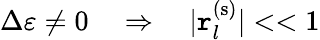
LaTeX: \Delta\varepsilon\neq0\quad\Rightarrow\quad\lvert\mathtt{r}_{l}^{(\mathrm{{s}})}\rvert<<1